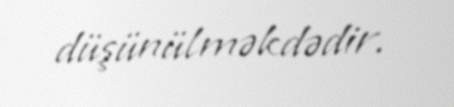
düşünülməkdədir.